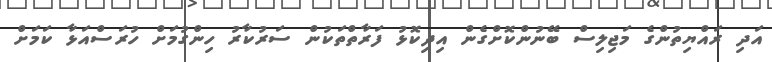
އަދި ރައްޔިތުންގެ މަޖިލިސް ބޭނުންކޮށްގެން އިދިކޮޅު ފަރާތްތަކުން ސަރުކާރު ހިންގުމަށް ހުރަސްއަޅާ ކަމަށް